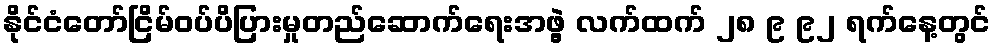
နိုင်ငံတော်ငြိမ်ဝပ်ပိပြားမှုတည်ဆောက်ရေးအဖွဲ့ လက်ထက် ၂၈ ၉ ၉၂ ရက်နေ့တွင်